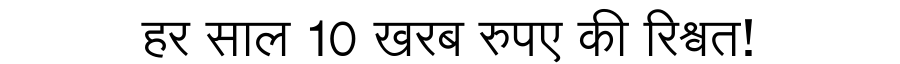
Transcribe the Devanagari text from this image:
हर साल 10 खरब रुपए की रिश्वत!